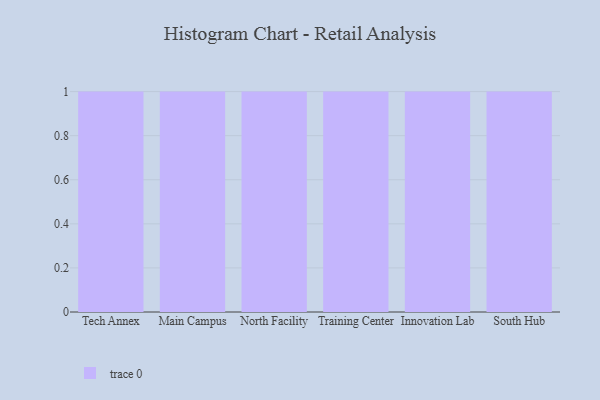
{"axis": {"x": "Campus", "y": "Churn Rate (%)"}, "legend": [""], "data": [{"x": "Tech Annex", "y": 41, "type": ""}, {"x": "Main Campus", "y": 75, "type": ""}, {"x": "North Facility", "y": 81, "type": ""}, {"x": "Training Center", "y": 67, "type": ""}, {"x": "Innovation Lab", "y": 8, "type": ""}, {"x": "South Hub", "y": 99, "type": ""}]}